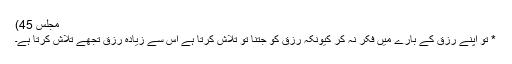
مجلس 45)
* تو اپنے رزق کے بارے میں فکر نہ کر کیونکہ رزق کو جتنا تو تلاش کرتا ہے اس سے زیادہ رزق تجھے تلاش کرتا ہے۔